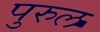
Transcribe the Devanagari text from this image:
पुरुल